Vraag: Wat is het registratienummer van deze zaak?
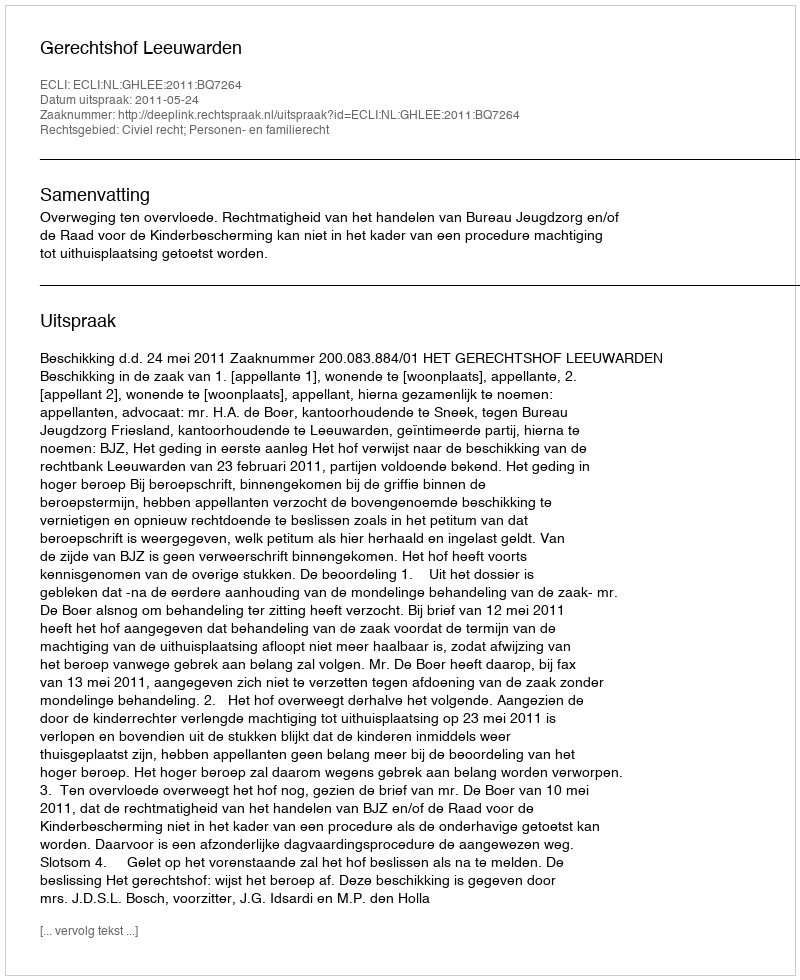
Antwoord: http://deeplink.rechtspraak.nl/uitspraak?id=ECLI:NL:GHLEE:2011:BQ7264